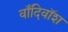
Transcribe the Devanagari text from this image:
वाँदिवॉश